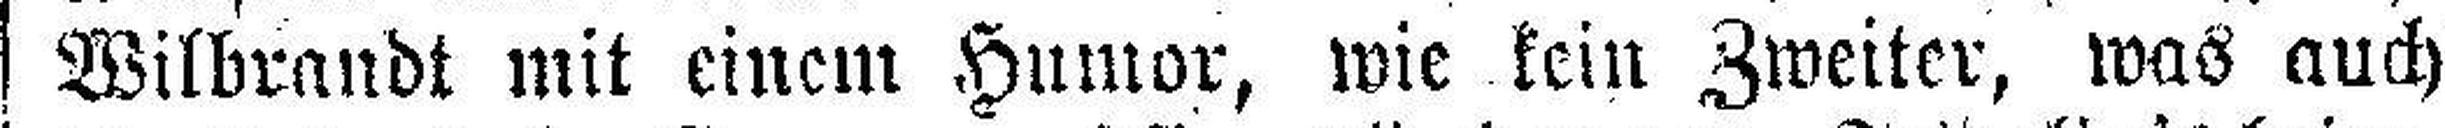
Wilbrandt mit einem Humor, wie kein Zweiter, was auch